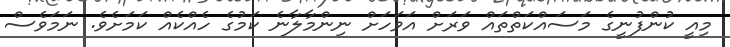
މިއީ ކުންފުނީގެ މަސައްކަތްތައް ވަރަށް އަވަހަށް ނިންމާލާނެ ކަމުގެ ހެއްކެއް ކަމަށެވެ. ނަމަވެސް